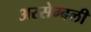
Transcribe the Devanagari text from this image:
अस्सेम्बली